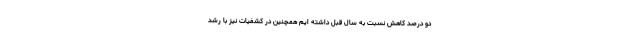
دو درصد کاهش نسبت به سال قبل داشته ایم همچنین در کشفیات نیز با رشد